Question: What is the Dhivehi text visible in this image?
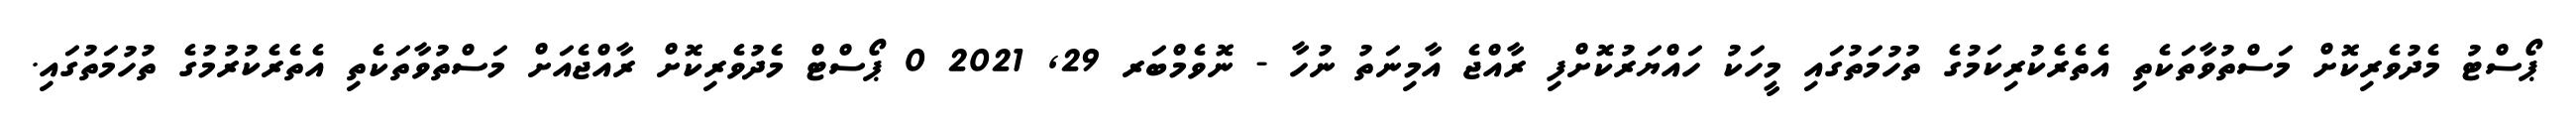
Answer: ޕޯސްޓު މެދުވެރިކޮށް މަސްތުވާތަކެތި އެތެރެކުރިކަމުގެ ތުހުމަތުގައި މީހަކު ހައްޔަރުކޮށްފި ރާއްޖެ އާމިނަތު ނުހާ - ނޮވެމްބަރ 29, 2021 0 ޕޯސްޓް މެދުވެރިކޮށް ރާއްޖެއަށް މަސްތުވާތަކެތި އެތެރެކުރުމުގެ ތުހުމަތުގައި.